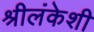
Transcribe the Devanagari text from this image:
श्रीलंकेशी